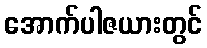
အောက်ပါဇယားတွင်